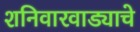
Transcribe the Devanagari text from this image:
शनिवारवाड्याचे